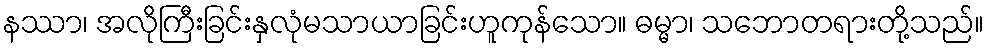
နဿာ၊ အလိုကြီးခြင်းနှလုံမသာယာခြင်းဟူကုန်သော။ ဓမ္မာ၊ သဘောတရားတို့သည်။